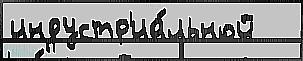
индустр'иа́льной